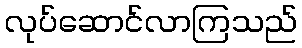
လုပ်ဆောင်လာကြသည်